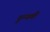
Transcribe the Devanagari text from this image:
दुन्यवी